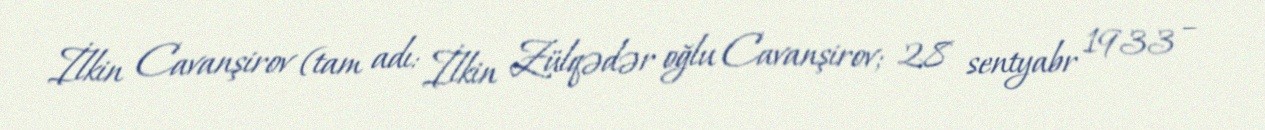
İlkin Cavanşirov (tam adı: İlkin Zülqədər oğlu Cavanşirov; 28 sentyabr 1933 –